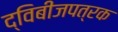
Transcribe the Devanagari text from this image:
द्विबीजपत्रक